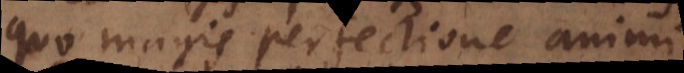
quo magis perfectione animi